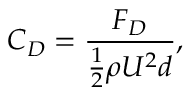
C _ { D } = \frac { F _ { D } } { \frac { 1 } { 2 } \rho U ^ { 2 } d } ,